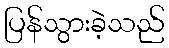
ပြန်သွားခဲ့သည်